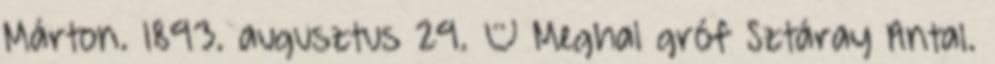
Márton. 1893. augusztus 29. – Meghal gróf Sztáray Antal.